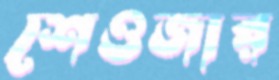
শেওজার